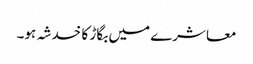
معاشرے میں بگاڑ کا خدشہ ہو۔